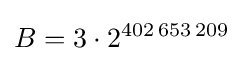
B=3\cdot 2^{402\,653\,209}